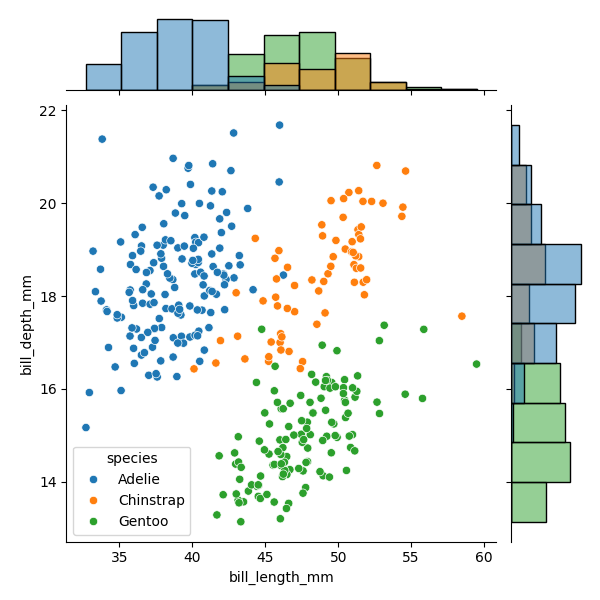
python, seaborn, JointGrid, scatterplot, histplot, hue